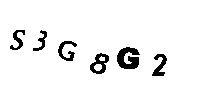
S3G8G2